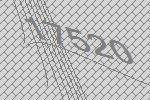
17520